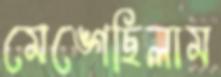
মেঙ্গেছিলাম